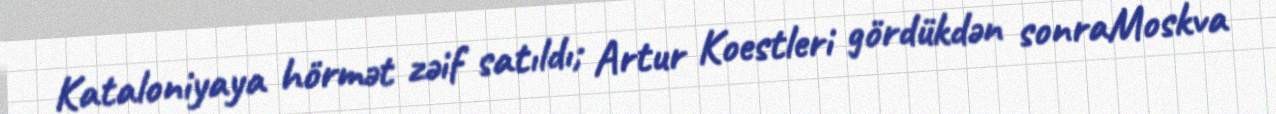
Kataloniyaya hörmət zəif satıldı; Artur Koestleri gördükdən sonraMoskva